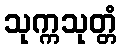
သုက္ကသုတ္တံ